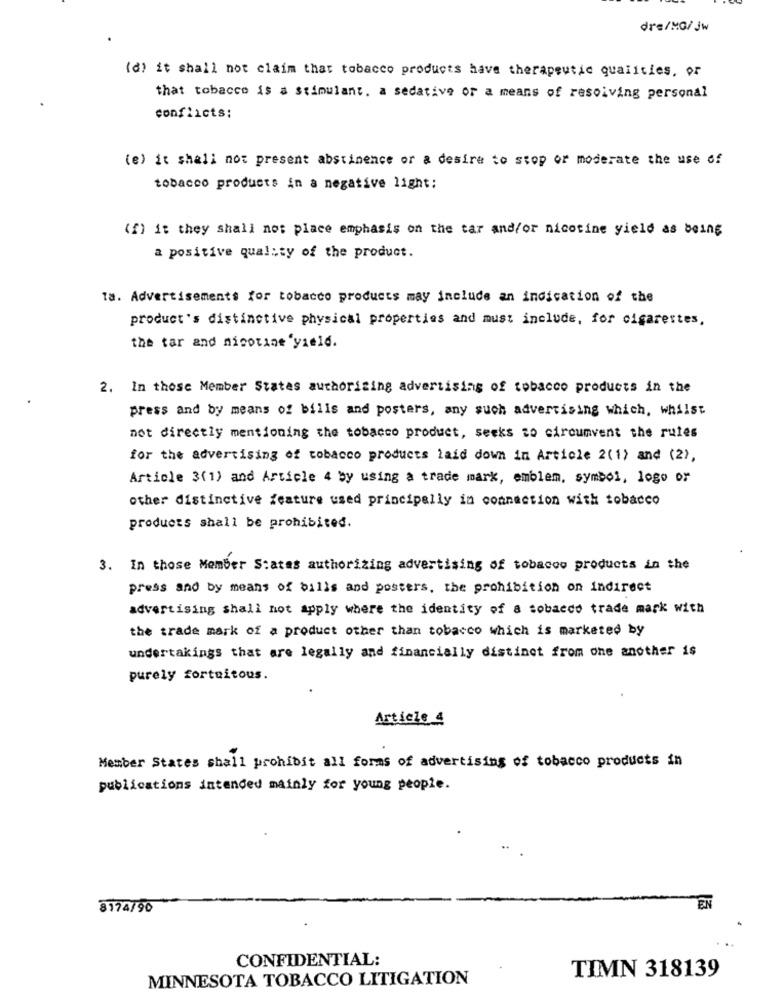
dre/MG/Jw
(d) it shall not claim that tobacco products have therapeutic qualities, or
that tobacco is a stimulant. a sedative or a means of resolving personal
conflicts:
(e) it shall not present abstinence or a desire to stop or moderate the use of
tobacco products in a negative light;
(f) it they shall not place emphasis on the tar and/or nicotine yield as being
a positive quality of the product.
Ta. Advertisements for tobacco products may include an indication of the
product's distinctive physical properties and must include, for cigarettes,
the tar and nicotine'yaeld.
2. In those Member States authorizing advertising of tobacco products in the
press and by means of bills and posters, any such advertising which, whilst
not directly mentioning the tobacco product, seeks to circumvent the rules
for the advertising of tobacco products laid down in Article 2(1) and (2),
Article 3(1) and Article 4 by using a trade mark, emblem, symbol, logo or
other distinctive feature used principally in connection with tobacco
products shall be prohibited.
3. In those Member States authorizing advertising of tobacco products in the
press and by means of bills and posters, the prohibition on indirect
advertising shall not apply where the identity of a tobacco trade mark with
the trade mark of a product other than tobacco which is marketed by
undertakings that are legally and financially distinct from one another is
purely fortuitous.
Article 4
Member States shall prohibit all forms of advertising of tobacco products in
publications intended mainly for young people.
3174/90
EN
CONFIDENTIAL:
MINNESOTA TOBACCO LITIGATION
TIMN 318139